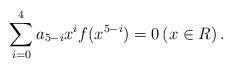
LaTeX: \begin{align*} \sum_{i=0}^{4}a_{5-i}x^{i}f(x^{5-i})=0 \left(x\in R\right). \end{align*}